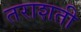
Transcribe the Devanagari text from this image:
तराशती